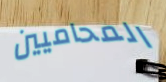
المحاميين